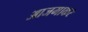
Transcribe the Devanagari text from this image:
आजमाकर